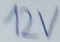
Text: 12V